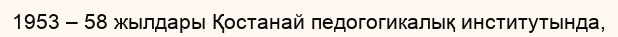
1953 – 58 жылдары Қостанай педогогикалық институтында,